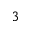
_ { 3 }